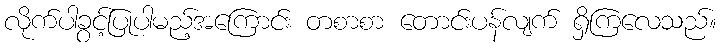
လိုက်ပါခွင့်ပြုပါမည့်အကြောင်း တစာစာ တောင်းပန်လျက် ရှိကြလေသည်။